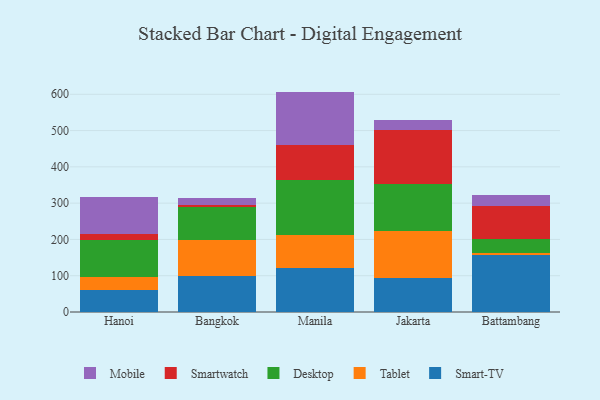
{"axis": {"x": "City", "y": "Operating Costs (USD K)"}, "legend": ["Desktop", "Mobile", "Smart-TV", "Smartwatch", "Tablet"], "data": [{"x": "Hanoi", "y": 59.7, "type": "Smart-TV"}, {"x": "Hanoi", "y": 37.7, "type": "Tablet"}, {"x": "Hanoi", "y": 101.2, "type": "Desktop"}, {"x": "Hanoi", "y": 15.6, "type": "Smartwatch"}, {"x": "Hanoi", "y": 103.9, "type": "Mobile"}, {"x": "Bangkok", "y": 100.6, "type": "Smart-TV"}, {"x": "Bangkok", "y": 98.2, "type": "Tablet"}, {"x": "Bangkok", "y": 89.3, "type": "Desktop"}, {"x": "Bangkok", "y": 6.5, "type": "Smartwatch"}, {"x": "Bangkok", "y": 18.5, "type": "Mobile"}, {"x": "Manila", "y": 120.9, "type": "Smart-TV"}, {"x": "Manila", "y": 91.3, "type": "Tablet"}, {"x": "Manila", "y": 151.0, "type": "Desktop"}, {"x": "Manila", "y": 97.8, "type": "Smartwatch"}, {"x": "Manila", "y": 146.4, "type": "Mobile"}, {"x": "Jakarta", "y": 93.8, "type": "Smart-TV"}, {"x": "Jakarta", "y": 128.6, "type": "Tablet"}, {"x": "Jakarta", "y": 130.2, "type": "Desktop"}, {"x": "Jakarta", "y": 149.1, "type": "Smartwatch"}, {"x": "Jakarta", "y": 27.7, "type": "Mobile"}, {"x": "Battambang", "y": 157.6, "type": "Smart-TV"}, {"x": "Battambang", "y": 5.9, "type": "Tablet"}, {"x": "Battambang", "y": 36.5, "type": "Desktop"}, {"x": "Battambang", "y": 92.0, "type": "Smartwatch"}, {"x": "Battambang", "y": 31.4, "type": "Mobile"}]}